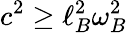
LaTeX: c^{2}\geq\ell_{B}^{2}\omega_{B}^{2}